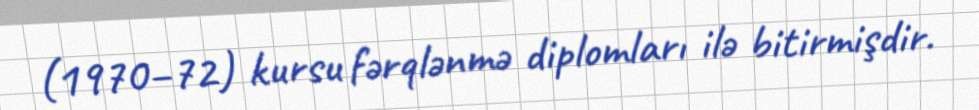
(1970–72) kursu fərqlənmə diplomları ilə bitirmişdir.